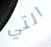
التي